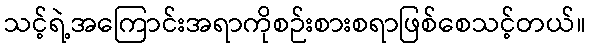
သင့်ရဲ့အကြောင်းအရာကိုစဉ်းစားစရာဖြစ်စေသင့်တယ်။